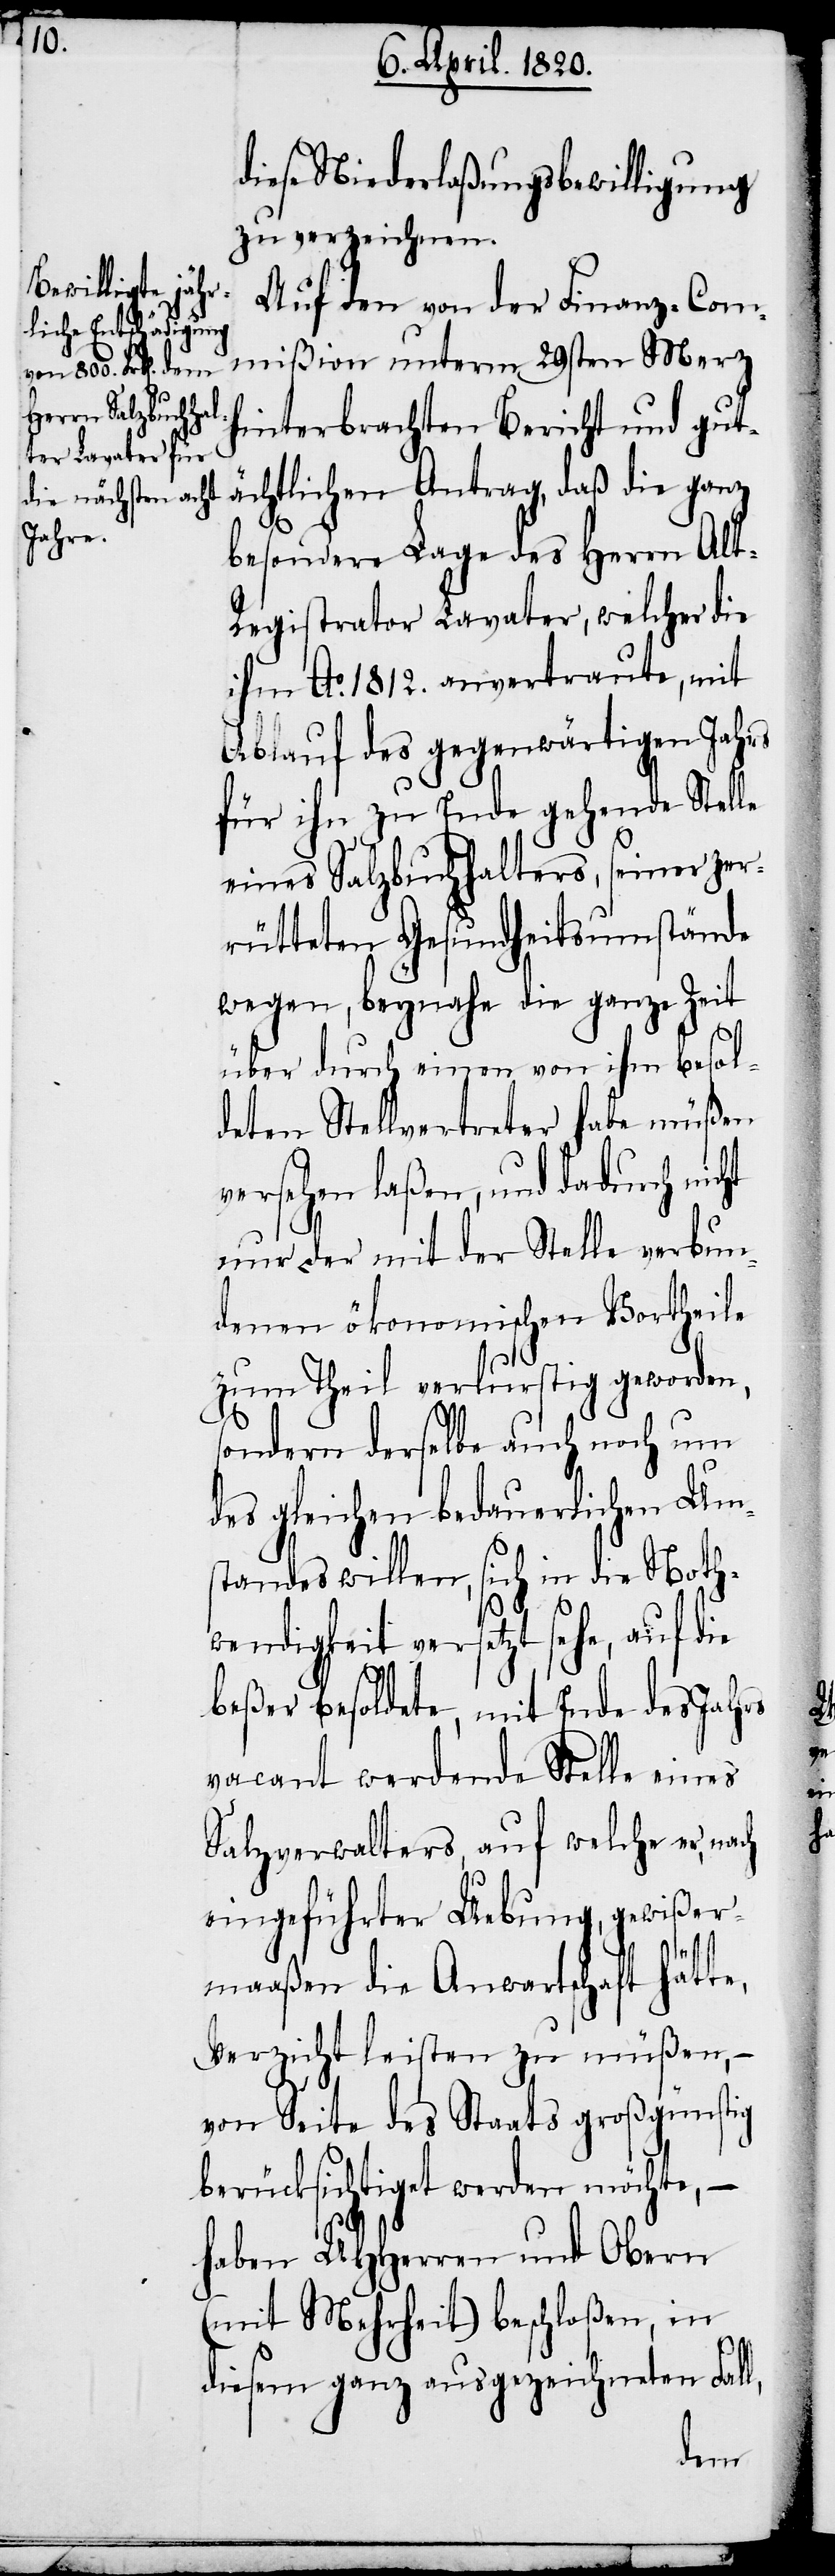
diese Niederlaßungsbewilligung
zu verzeichnen.
Auf den von der Finanz-Com¬
mißion unterm 29sten Merz
hinterbrachten Bericht und gut¬
ächtlichen Antrag, daß die ganz
besondere Lage des Herrn Al¬
t-Registrator Lavater, welcher die
ihm A0. 1812. anvertraute, mit
Ablauf des gegenwärtigen Jahres
für ihn zu Ende gehenden Stelle
eines Salzbuchhalters, seiner zer¬
rütteten Gesundheitsumstände
wegen, beynahe die ganze Zeit
über durch einen von ihm besol¬
deten Stellvertreter habe müßen
versehen laßen, und dadurch nicht
nur der mit der Stelle verbun¬
denen ökonomischen Vortheile
zum Theil verlurstig geworden,
sondern derselbe auch noch um
des gleichen bedauerlichen Ums¬
tandes willen, sich in die Noth¬
l,
wendigkeit versetzt sehe, auf die
beßer besoldete, mit Ende des Jahres
vacant werdende Stelle eines
Salzverwalters, auf welche er, nach
eingeführter Uebung, gewißer¬
maaßen die Anwartschaft hätte,
Verzicht leisten zu müßen, –
von Seite des Staats großgünstig
berücksichtiget werden möchte, –
haben UHHerren und Obern
(mit Mehrheit) beschloßen, in
diesem ganz ausgezeichneten Fal¬